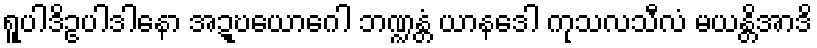
ရူပါဒိဥပါဒါနော အဍ္ဎယောဂေါ ဘဏ္ဍန္တံ ယာနဒေါ ကုသလသီလံ မယန္တိအာဒိ